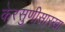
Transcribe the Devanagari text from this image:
केरसुणीसारखा